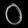
Digit: ၀